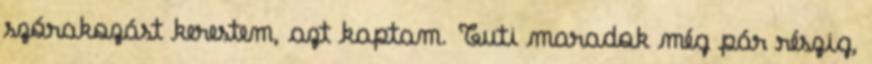
szórakozást kerestem, azt kaptam. Tuti maradok még pár részig,